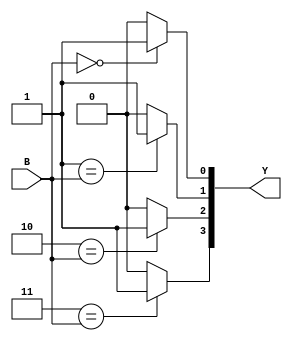
module binary_to_one_hot(B, Y);
parameter N = 2;
input [N-1:0] B ;
output reg [2**N-1:0] Y;
integer i;
always @(*) begin
        Y = 1'b0;
        for(i = 0; i < 2**N; i=i+1)
        begin
                if (i == B)
                        Y[i] = 1'b1;
        end
end
endmodule